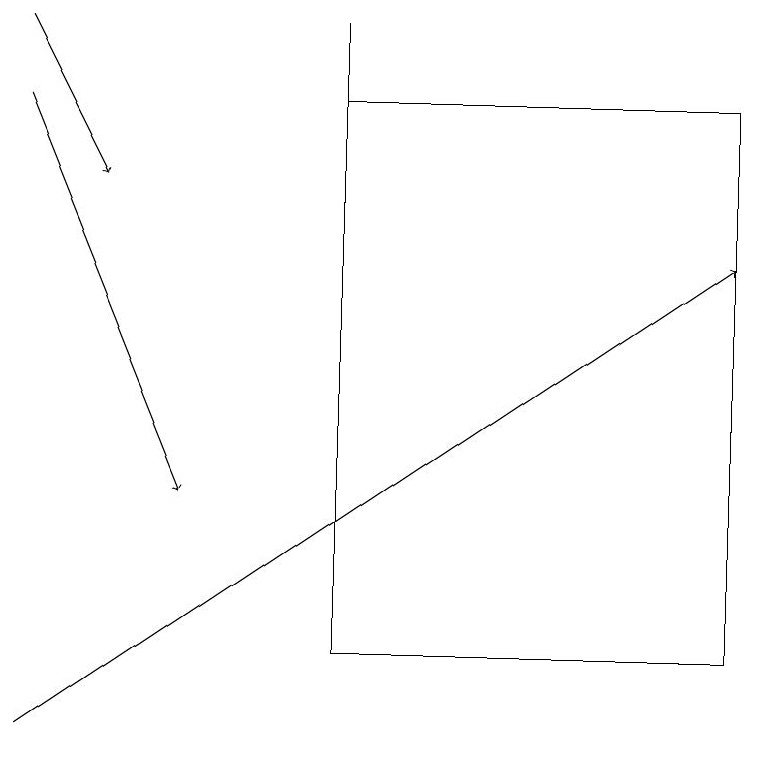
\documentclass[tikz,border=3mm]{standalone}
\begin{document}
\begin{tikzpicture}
\draw[->] (0,19) -- (1,17);
\draw (4,19) rectangle (4,16);
\draw (4,11) rectangle (9,18);
\draw[->] (0,10) -- (9,16);
\draw (3,11) rectangle (3,11);
\draw[->] (0,18) -- (2,13);
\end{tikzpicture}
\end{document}